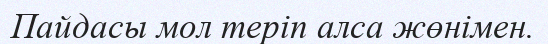
Пайдасы мол теріп алса жөнімен.